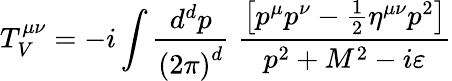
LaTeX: T_{V}^{\mu\nu}=-i\int\frac{d^{d}p}{\left(2\pi\right)^{d}}\; \frac{\left[p^{\mu}p^{\nu}-\frac 12\eta^{\mu\nu}p^{2}\right]}{p^{2}+M^{2}-i\varepsilon}